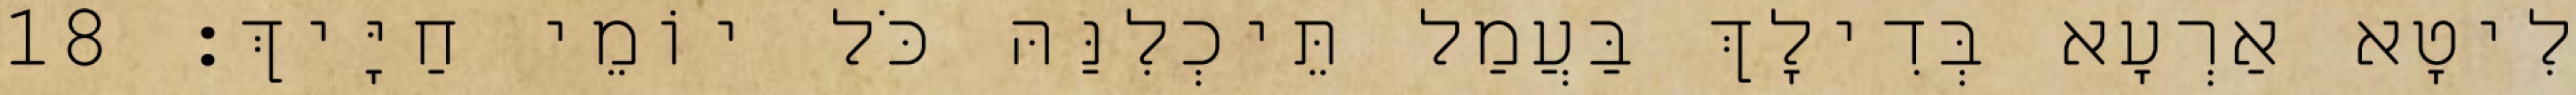
לִיטָא אַרְעָא בְּדִילָךְ בַּעֲמַל תֵּיכְלִנַּהּ כֹּל יוֹמֵי חַיָּיךְ׃ 18